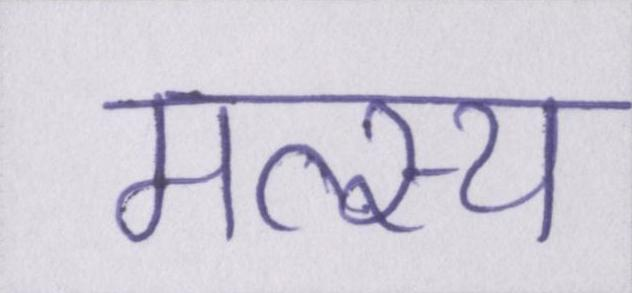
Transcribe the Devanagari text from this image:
मत्स्य